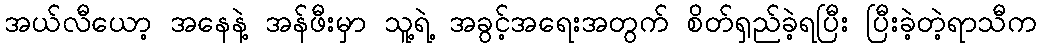
အယ်လီယော့ အနေနဲ့ အန်ဖီးမှာ သူ့ရဲ့ အခွင့်အရေးအတွက် စိတ်ရှည်ခဲ့ရပြီး ပြီးခဲ့တဲ့ရာသီက